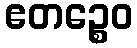
ဧတဉ္စေဝ